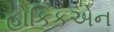
હોકિકએન